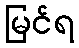
မြင်ရ